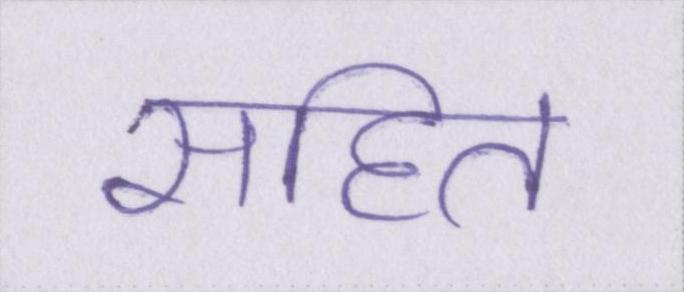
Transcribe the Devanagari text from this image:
सहित